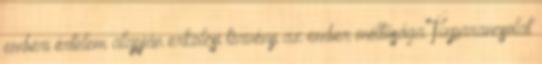
emberi értelem alapján erkölcsi törvény az ember méltósága Tízparancsolat